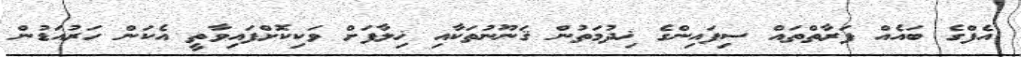
އެފްގެ ބައެއް ފަރާތްތައް ސިފައިންގެ ޚިދުމަތުން ޤަނޫނުތަކާއި ޚިލާފަށް ވަކިކޮށްފައިވާތީ އެކަން ހަރުއަޑުން